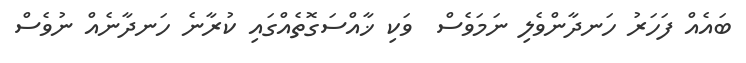
ބައެއް ފަހަރު ހަނދާންވެލި ނަމަވެސް  ވަކި ޚާއްސަގޮތެއްގައި ކުރާނެ ހަނދާނެއް ނުވެސް